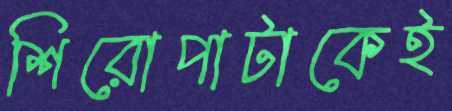
শিরোপাটাকেই